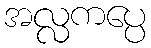
အလ္လကပ္ပေ